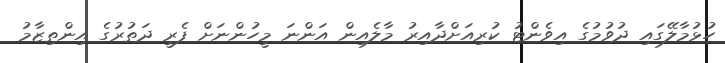
ހުޅުމާލޭގައި ދުވުމުގެ އިވެންޓު ކުރިއަށްދާއިރު މާލެއިން އަންނަ މީހުންނަށް ފެރީ ދަތުރުގެ އިންތިޒާމު